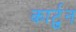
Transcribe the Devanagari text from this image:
कार्टुन